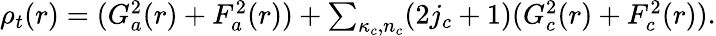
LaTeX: \begin{array}{r}{\rho_{t}(r)=(G_{a}^{2}(r)+F_{a}^{2}(r))+\sum_{\kappa_{c},n_{c}}(2j_{c}+1)(G_{c}^{2}(r)+F_{c}^{2}(r)).}\end{array}